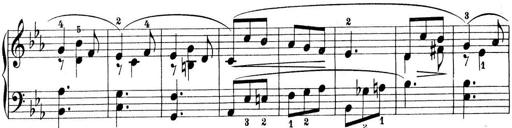
Title: Preis-Sonatine
Composer: Ernst James Bremner